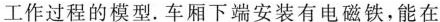
工作过程的模型。车厢下端安装有电磁铁，能在